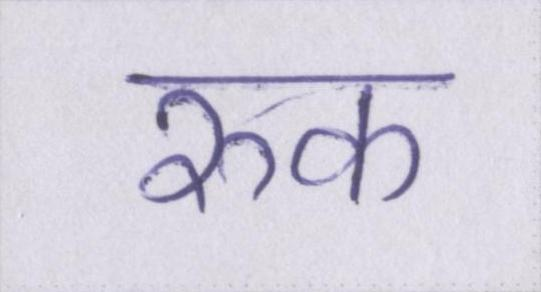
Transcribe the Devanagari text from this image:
रुक